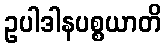
ဥပါဒါနပစ္စယာတိ